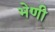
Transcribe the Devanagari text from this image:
भेणी